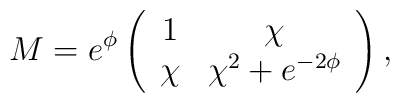
M    =e^\phi\left( \begin{array}{cc}        1 & \chi \\ \chi & \chi^2+e^{-2\phi} \end{array}\right),